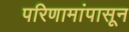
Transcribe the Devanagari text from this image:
परिणामांपासून